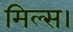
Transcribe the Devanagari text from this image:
मिल्स।